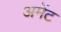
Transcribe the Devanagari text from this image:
अमेंट